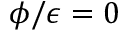
\phi / \epsilon = 0